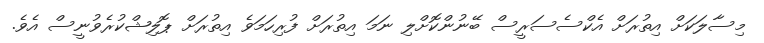
މިސާލަކަށް އިތުރަށް އެކްސެސަރީސް ބޭނުންކޮށްލި ނަމަ އިތުރަށް ފުރިހަމަވެ އިތުރަށް ޕޮލިޝްކުރެވުނީސް އެވެ.